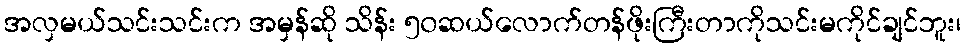
အလှမယ်သင်းသင်းက အမှန်ဆို သိန်း ၅၀ဆယ်လောက်တန်ဖိုးကြီးတာကိုသင်းမကိုင်ချင်ဘူး၊